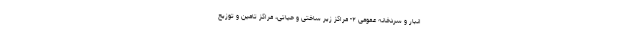
انبار و سردخانه عمومی ۲- مراکز زیر ساختی و حیاتی، مراکز تامین و توزیع